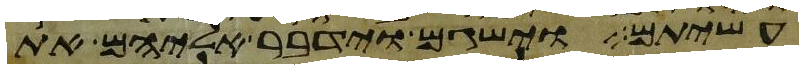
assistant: עשיתם וישגם וידבר אליהם את